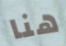
هنا